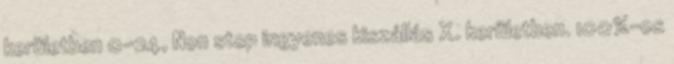
kerületben 0-24, Non stop ingyenes kiszállás X. kerületben. 100%-os